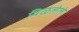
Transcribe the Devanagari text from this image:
पिळलेले